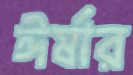
ঈর্ষার